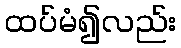
ထပ်မံ၍လည်း